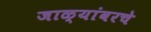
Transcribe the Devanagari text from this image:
जाळ्यांवरचे